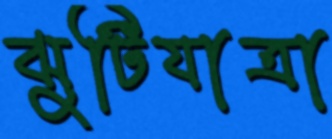
ঝুটিযাত্রা